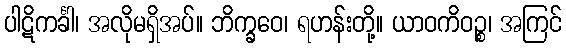
ပါဋိကင်္ခါ၊ အလိုမရှိအပ်။ ဘိက္ခဝေ၊ ရဟန်းတို့။ ယာဝကိဝဉ္စ၊ အကြင်